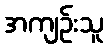
အကျဉ်းသူ